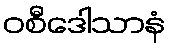
ဝစီဒေါသာနံ